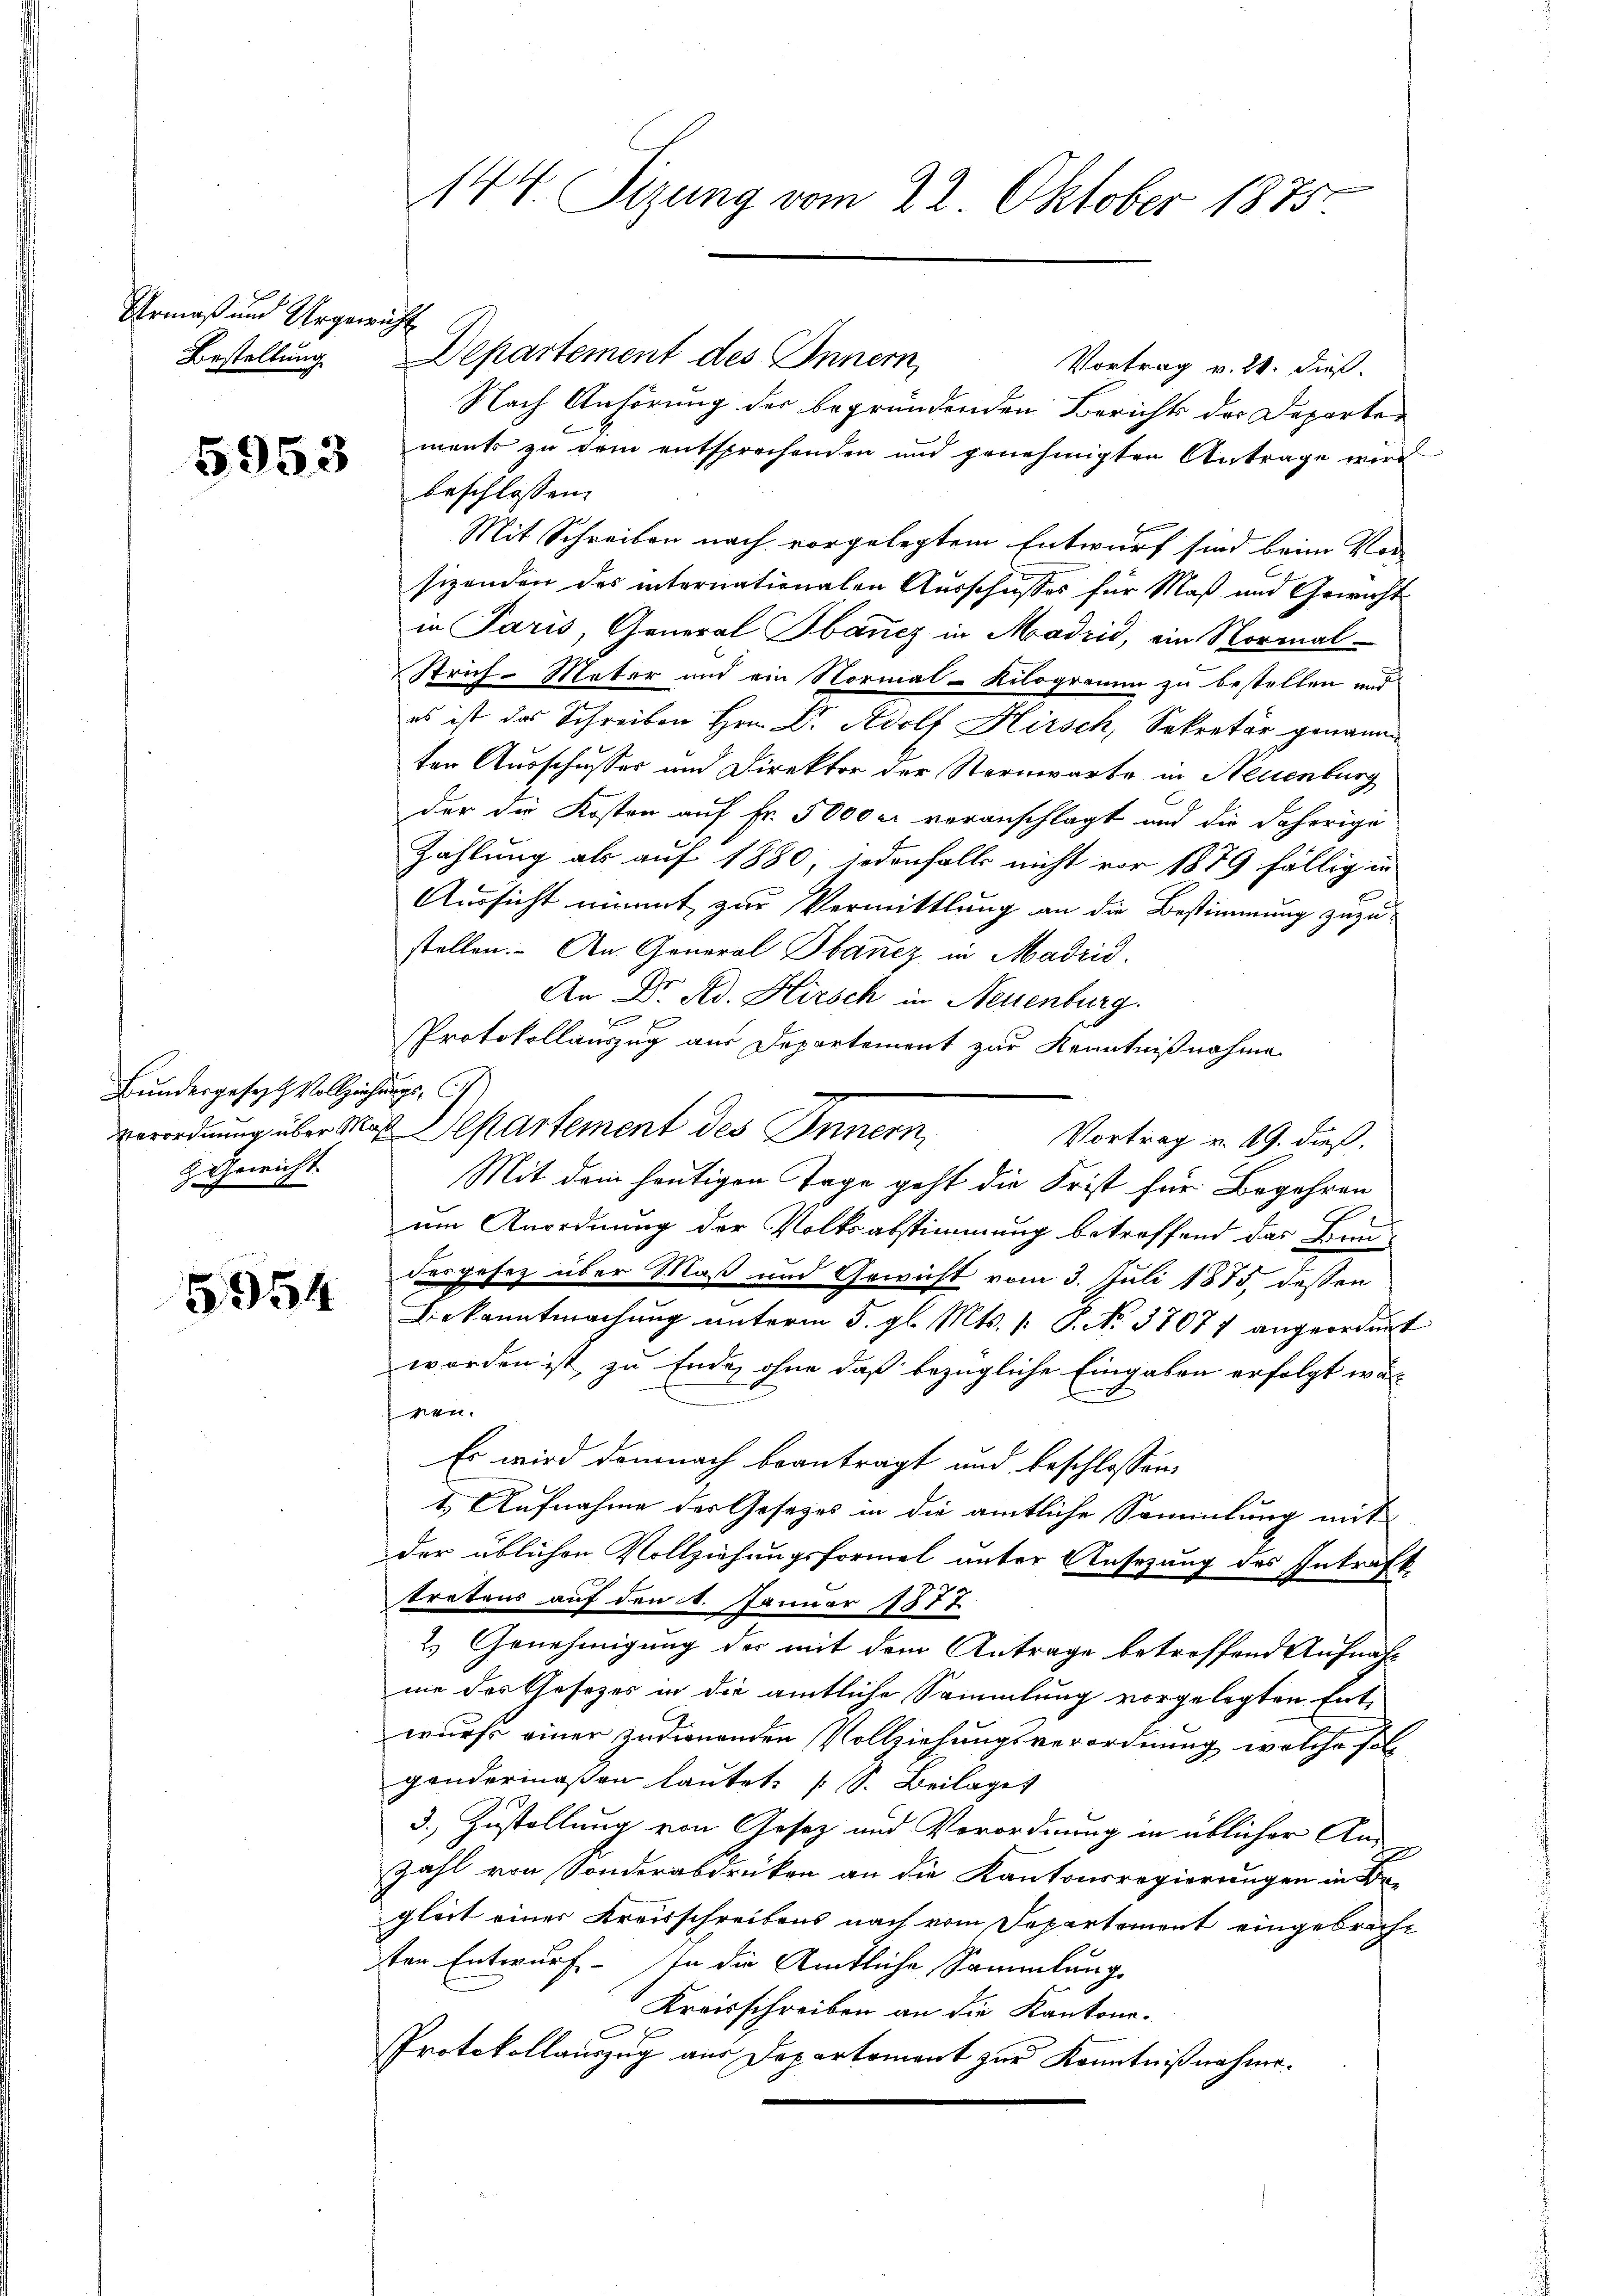
Urmaß und Urgewicht
Bestellung

5953

Bundesgesezt Vollziehungs-C
 Gewicht

5954

144. Sizung vom 22. Oktober 1875.

Departement des Innern,
Vortrag v. 24. dieß.
Nach Anhörung der begründenden Berichts der Departen
ment zu dem entsprechenden und genehmigten Antrage wird
beschlossen:
Mit Schreiben nach vorgelegtem Entwurf sind beim Vorsizenden des internationalen Ausschusses für Maß und Gewicht
in Paris, General Bbancz in Madrid, ein Normal-
Strich-Mater und ein Normal-Kilogramm zu bestellen und
es ist das Schreiben Hrn. Dr. Adolf Hirsch, Sekretär genann
ten Ausschusser und Direktor der Sternwarte in Neuenburg
der die Kosten auf Fr. 5000 er veranschlagt und die daherige
Zahlung als auf 1880, jedenfalls nicht vor 1879 fällig in
Aussicht nimmt zur Vermittlung an die Bestimmung zuzustellen. An General Bbancz in Madrid.
An Dr. Ad. Kirsch in Neuenburg.
 0 f 0 x
Protokollauszug aus Departement zur Kenntnißnahme
Verordnung über Maß Departement des Innern,
Vortrag u. 19. dieß,
Mit dem heutigen Tage geht die Frist für Begehren
um Anordnung der Volksabstimmung betreffend das Bun-
desgesez über Maß und Gewicht vom 3. Juli 1875 dessen
Bekanntmachung unterm 5. gl. Mts. 1. P. No. 37077 angeordnet
worden ist zu Ende, ohne daß bezügliche Eingaben erfolgt wär
nen.
Es wird demnach beantragt und beschlossene
1. Aufnahme des Gesetzes in die amtliche Sammlung mit
der üblichen Vollziehungsformel unter Ansezung des Intraft.
tretens auf den 14. Januar 1877.
2. Genehmigung der mit dem Antrage betreffend Aufnah
me des Gesetzes in die amtliche Sammlung vorgelegten Entwurfs einer zudienenden Vollziehungsverordnung, welche solgandermaßen lautet. (S. Beilages
3. Zustellung von Gesez und Verordnung in üblicher An-
zahl von Sonderabdrüken an die Kantonsregierungen in Begleit einer Kreisschreibens nach vom Departement eingebrachsten Entwurf - in die Amtliche Sammlung
Kreisschreiben an die Kantons-
Protokollauszug aus Departoment zur Kenntnißnahme.